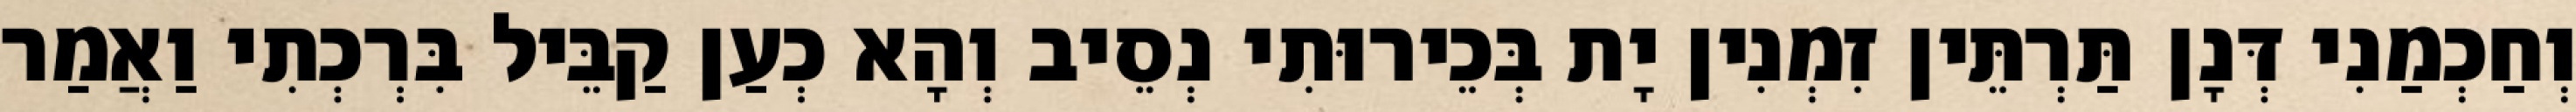
וְחַכְמַנִי דְּנָן תַּרְתֵּין זִמְנִין יָת בְּכֵירוּתִי נְסֵיב וְהָא כְעַן קַבֵּיל בִּרְכְתִי וַאֲמַר